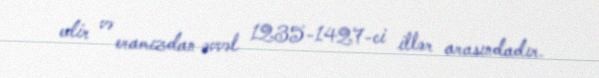
edir və eramızdan əvvəl 1235-1427-ci illər arasındadır.